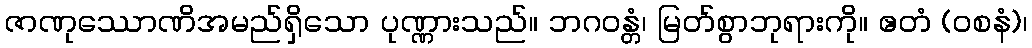
ဇာဏုဿောဏိအမည်ရှိသော ပုဏ္ဏားသည်။ ဘဂဝန္တံ၊ မြတ်စွာဘုရားကို။ ဧတံ (ဝစနံ)၊